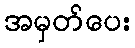
အမှတ်ပေး